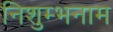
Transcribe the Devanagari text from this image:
निशुम्भनाम